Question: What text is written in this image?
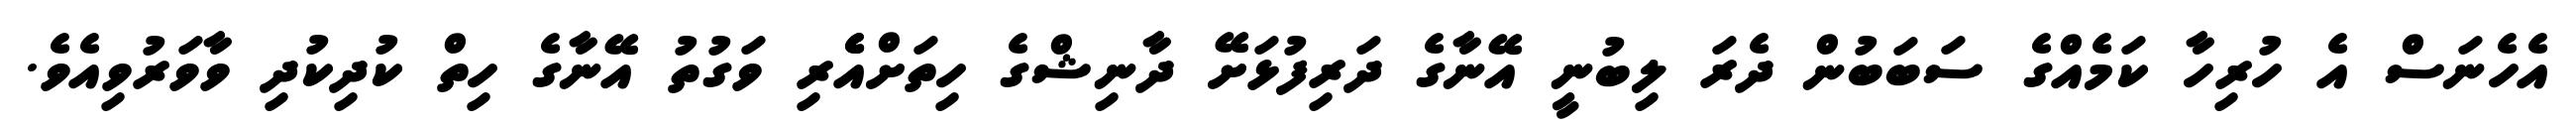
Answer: އެހެނަސް އެ ހުރިހާ ކަމެއްގެ ސަބަބުން ދެރަ ލިބުނީ އޭނާގެ ދަރިފުޅަށޭ ދާނިޝްގެ ހިތަށްއެެރި ވަގުތު އޭނާގެ ހިތް ކުދިކުދި ވާވަރުވިއެވެ.